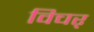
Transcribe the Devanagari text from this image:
विचर्